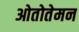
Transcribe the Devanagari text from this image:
ओतोतेमन